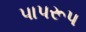
પાપરૂપ